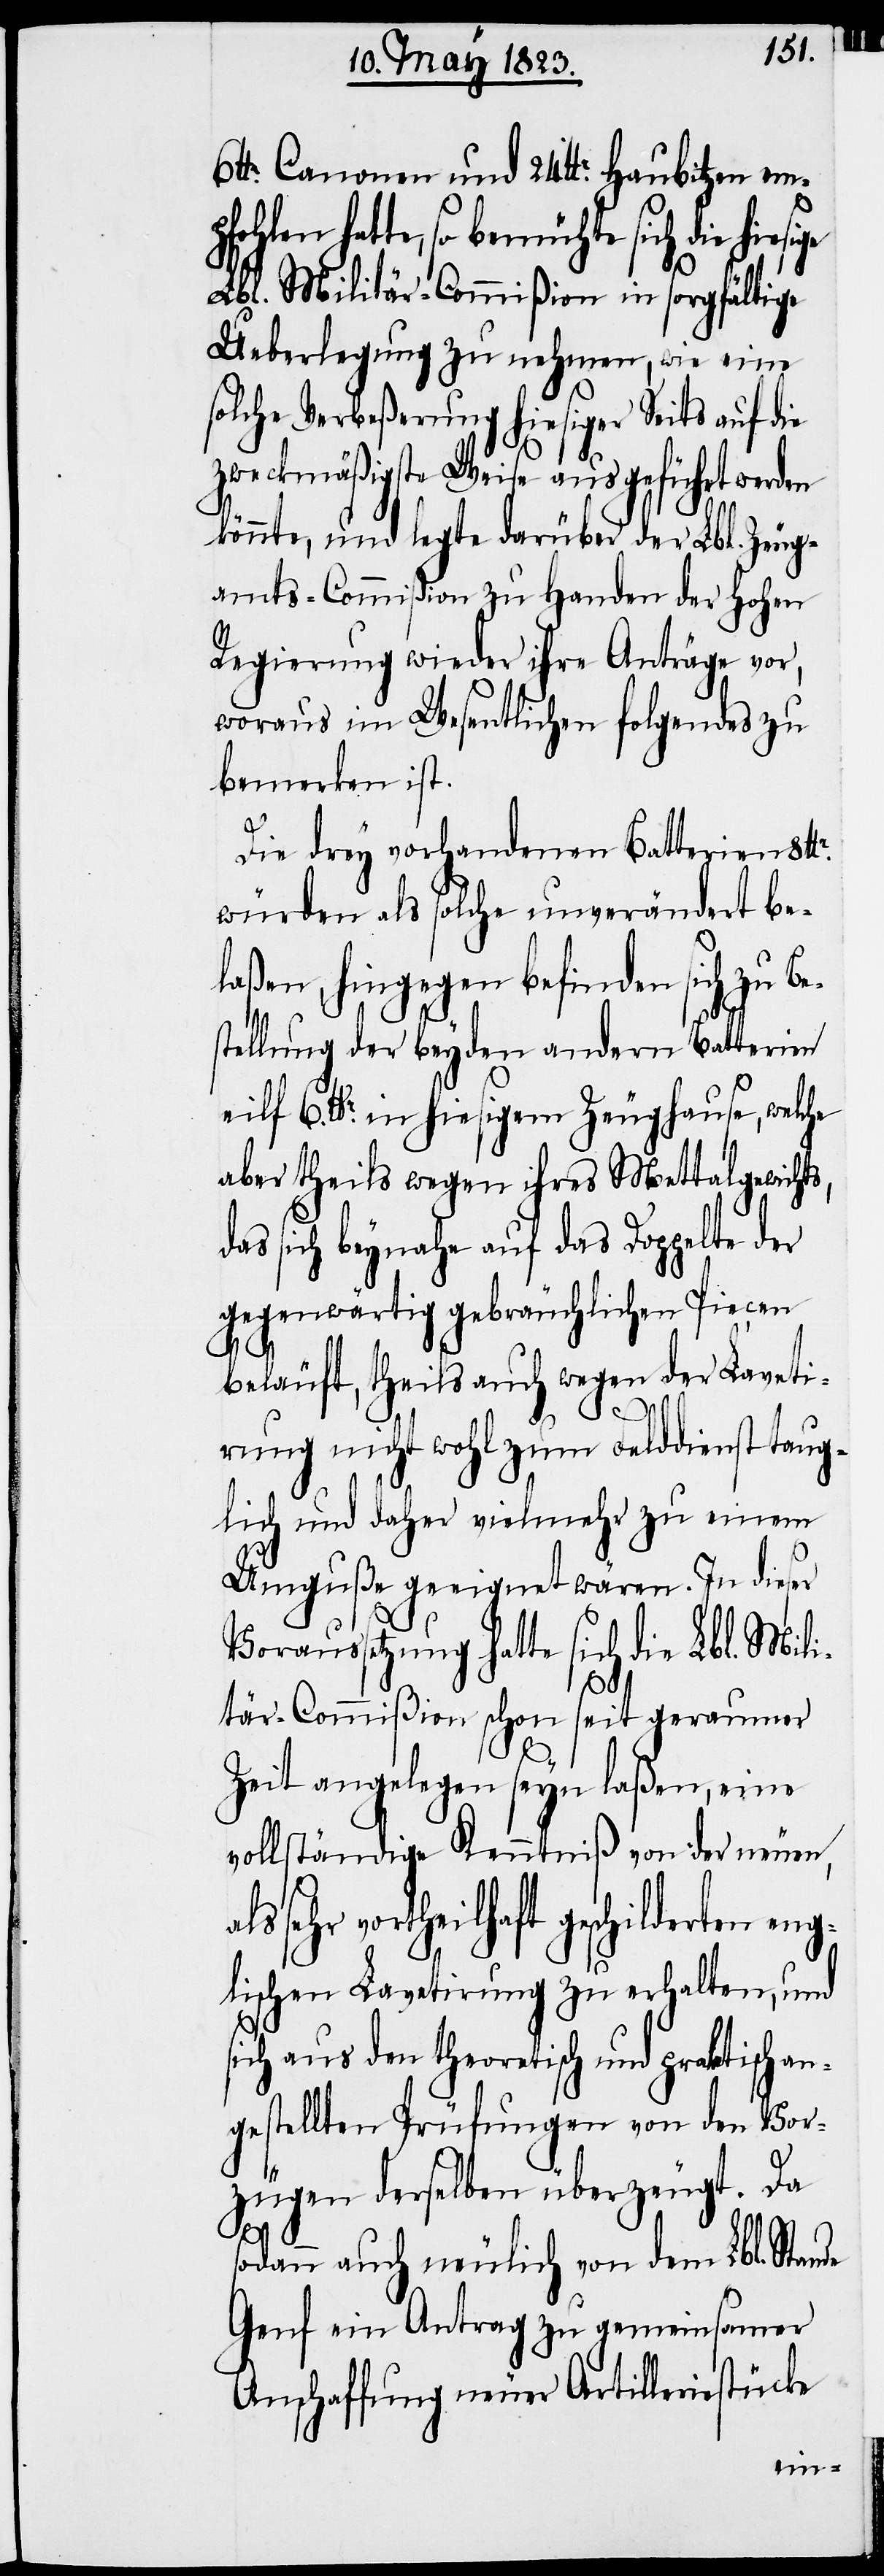
lbr. Canonen und 24 lbr. Haubitzen emp¬
fohlen hatte, so bemühte sich die hiesi¬
Lbl. Militär-Commißion in sorgfältige
Ueberlegung zu nehmen, wie eine
solche Verbeßerung hiesiger Seits auf die
zweckmäßigste Weise ausgeführt werden
könnte, und legte darüber der Lbl. Zeug¬
amts-Commißion zu Handen der hohen
Regierung wieder ihre Anträge vor,
woraus im Wesentlichen folgendes zu
bemerken ist.
Die drey vorhandenen Batterien 8 l¬
würden als solche unverändert be¬
laßen, hingegen befinden sich zu Be¬
stellung der beyden andern Batterien
eilf 6 lbr. in hiesigem Zeughause, welche
aber theils wegen ihres Mettalgewichts,
das sich beynahe auf das Doppelte der
gegenwärtig gebräuchlichen Piecen
ge
beläuft, theils auch wegen der Laveti¬
rung nicht wohl zum Felddienst taug¬
lich und daher vielmehr zu einem
Umguße geeignet wären. In dieser
Voraussetzung hatte sich die Lbl. Mili¬
tär-Commißion schon seit geraumer
br.
Zeit angelegen seyn laßen, eine
vollständige Kenntniß von der neuen,
sehr vortheilhaft geschilderten eng¬
lischen Lavetirung zu erhalten, und
sich aus den theoretisch und praktisch an¬
gestellten Prüfungen von den Vor¬
zügen derselben überzeugt. Da
sodann auch neulich von dem Lbl. Stande
Genf ein Antrag zu gemeinsamer
Anschaffung neuer Artilleriestücke